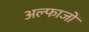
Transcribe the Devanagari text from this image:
अल्फाजों